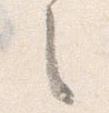
之